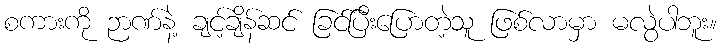
စကားကို ဉာဏ်နဲ့ ချင့်ချိန်ဆင် ခြင်ပြီးပြောတဲ့သူ ဖြစ်လာမှာ မလွဲပါဘူး။